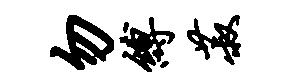
勿缚菽